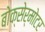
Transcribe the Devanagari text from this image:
बोक्सेर्मोटर